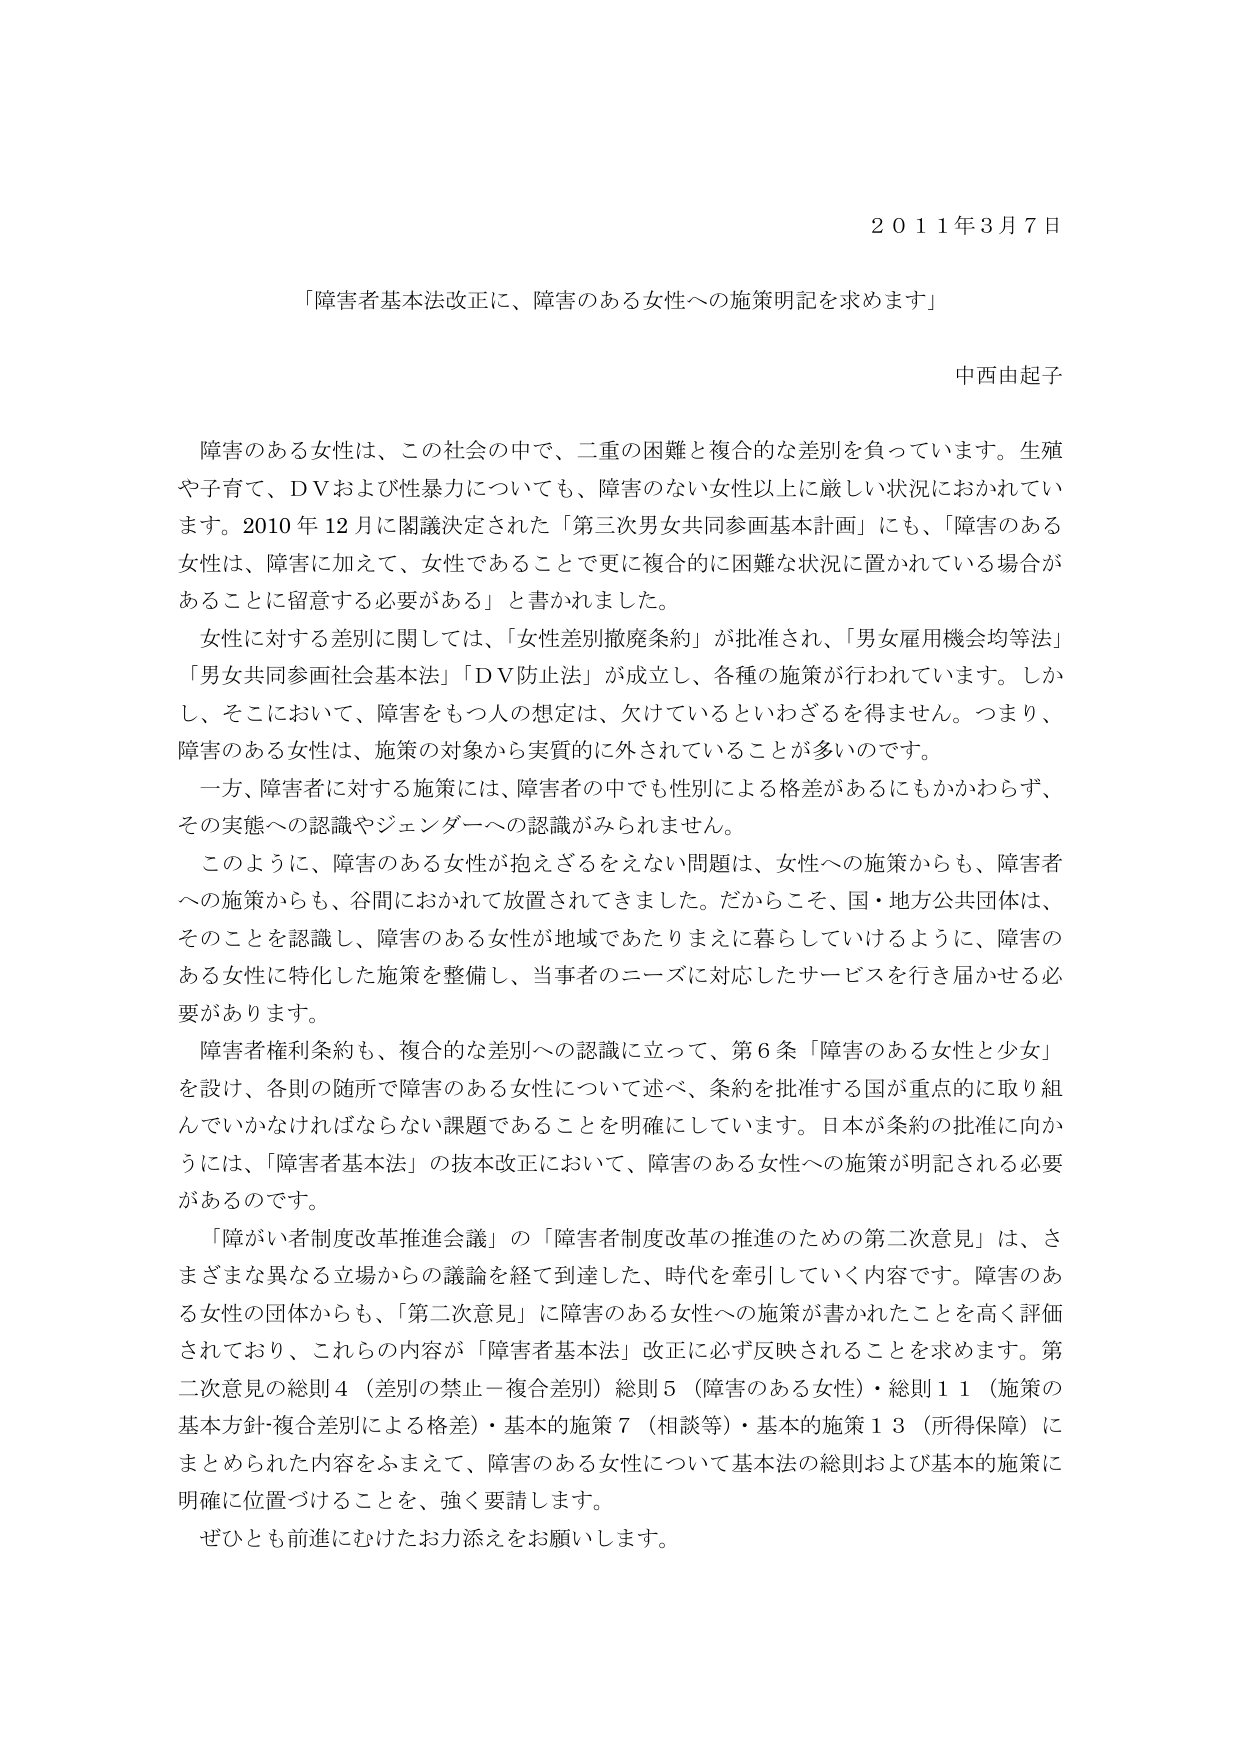
2011年3月7日

「障害者基本法改正に、障害のある女性への施策明記を求めます」

中西由起子

障害のある女性は、この社会の中で、二重の困難と複合的な差別を負っています。生殖や子育て、DVおよび性暴力についても、障害のない女性以上に厳しい状況におかれています。2010年12月に閣議決定された「第三次男女共同参画基本計画」にも、「障害のある女性は、障害に加えて、女性であることであって更に複合的に困難な状況に置かれている場合があることに留意する必要がある」と書かれました。

女性に対する差別に関しては、「女性差別撤廃条約」が批准され、「男女雇用機会均等法」「男女共同参画社会基本法」「DV防止法」が成立し、各種の施策が行われています。しかし、そこにおいて、障害をもつ人の想定は、欠けているといわざるを得ません。つまり、障害のある女性は、施策の対象から実質的に外されていることが多いのです。

一方、障害者に対する施策には、障害者の中でも性別による格差があるにもかかわらず、その実態への認識やジェンダーへの認識がみられません。

このように、障害のある女性が抱えざるをえない問題は、女性への施策からも、障害者への施策からも、谷間におかれて放置されてきました。だからこそ、国・地方公共団体は、そのことを認識し、障害のある女性が地域であたりまえに暮らしていけるように、障害のある女性に特化した施策を整備し、当事者のニーズに対応したサービスを行き届かせる必要があります。

障害者権利条約も、複合的な差別への認識に立って、第6条「障害のある女性と少女」を設け、各則の随所で障害のある女性について述べ、条約を批准する国が重点的に取り組んでいかなければならない課題であることを明確にしています。日本が条約の批准に向かうには、「障害者基本法」の抜本改正において、障害のある女性への施策が明記される必要があるのです。

「障がい者制度改革推進会議」の「障害者制度改革の推進のための第二次意見」は、さまざまな異なる立場からの議論を経て到達した、時代を牽引していく内容です。障害のある女性の団体からも、「第二次意見」に障害のある女性への施策が書かれたことを高く評価されており、これらの内容が「障害者基本法」改正に必ず反映されることを求めます。第二次意見の総則4（差別の禁止－複合差別）総則5（障害のある女性）・総則11（施策の基本方針-複合差別による格差）・基本的施策7（相談等）・基本的施策13（所得保障）にまとめられた内容をふまえて、障害のある女性について基本法の総則および基本的施策に明確に位置づけることを、強く要請します。

ぜひとも前進にむけたお力添えをお願いします。